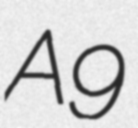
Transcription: A9